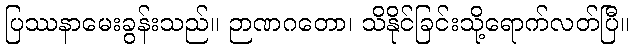
ပြဿနာမေးခွန်းသည်။ ဉာဏဂတော၊ သိနိုင်ခြင်းသို့ရောက်လတ်ပြီ။